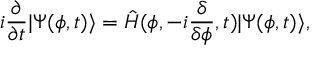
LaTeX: i \frac { \partial } { \partial t } \vert \Psi ( \phi , t ) \rangle = \hat { H } ( \phi , - i \frac { \delta } { \delta \phi } , t ) \vert \Psi ( \phi , t ) \rangle ,